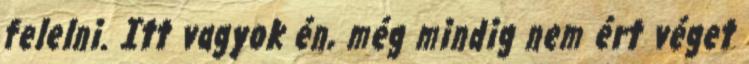
felelni. Itt vagyok én, még mindig nem ért véget